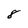
Character: 8